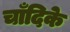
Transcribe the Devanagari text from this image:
चाँदिके